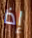
إذا